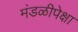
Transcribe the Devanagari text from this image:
मंडळीपेक्षा